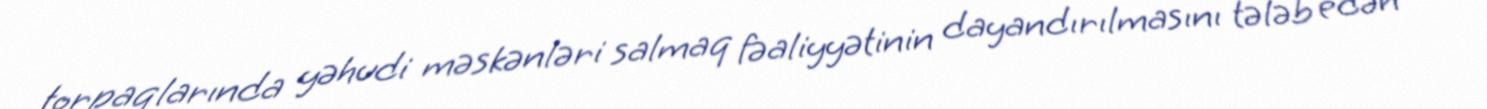
torpaqlarında yəhudi məskənləri salmaq fəaliyyətinin dayandırılmasını tələb edən